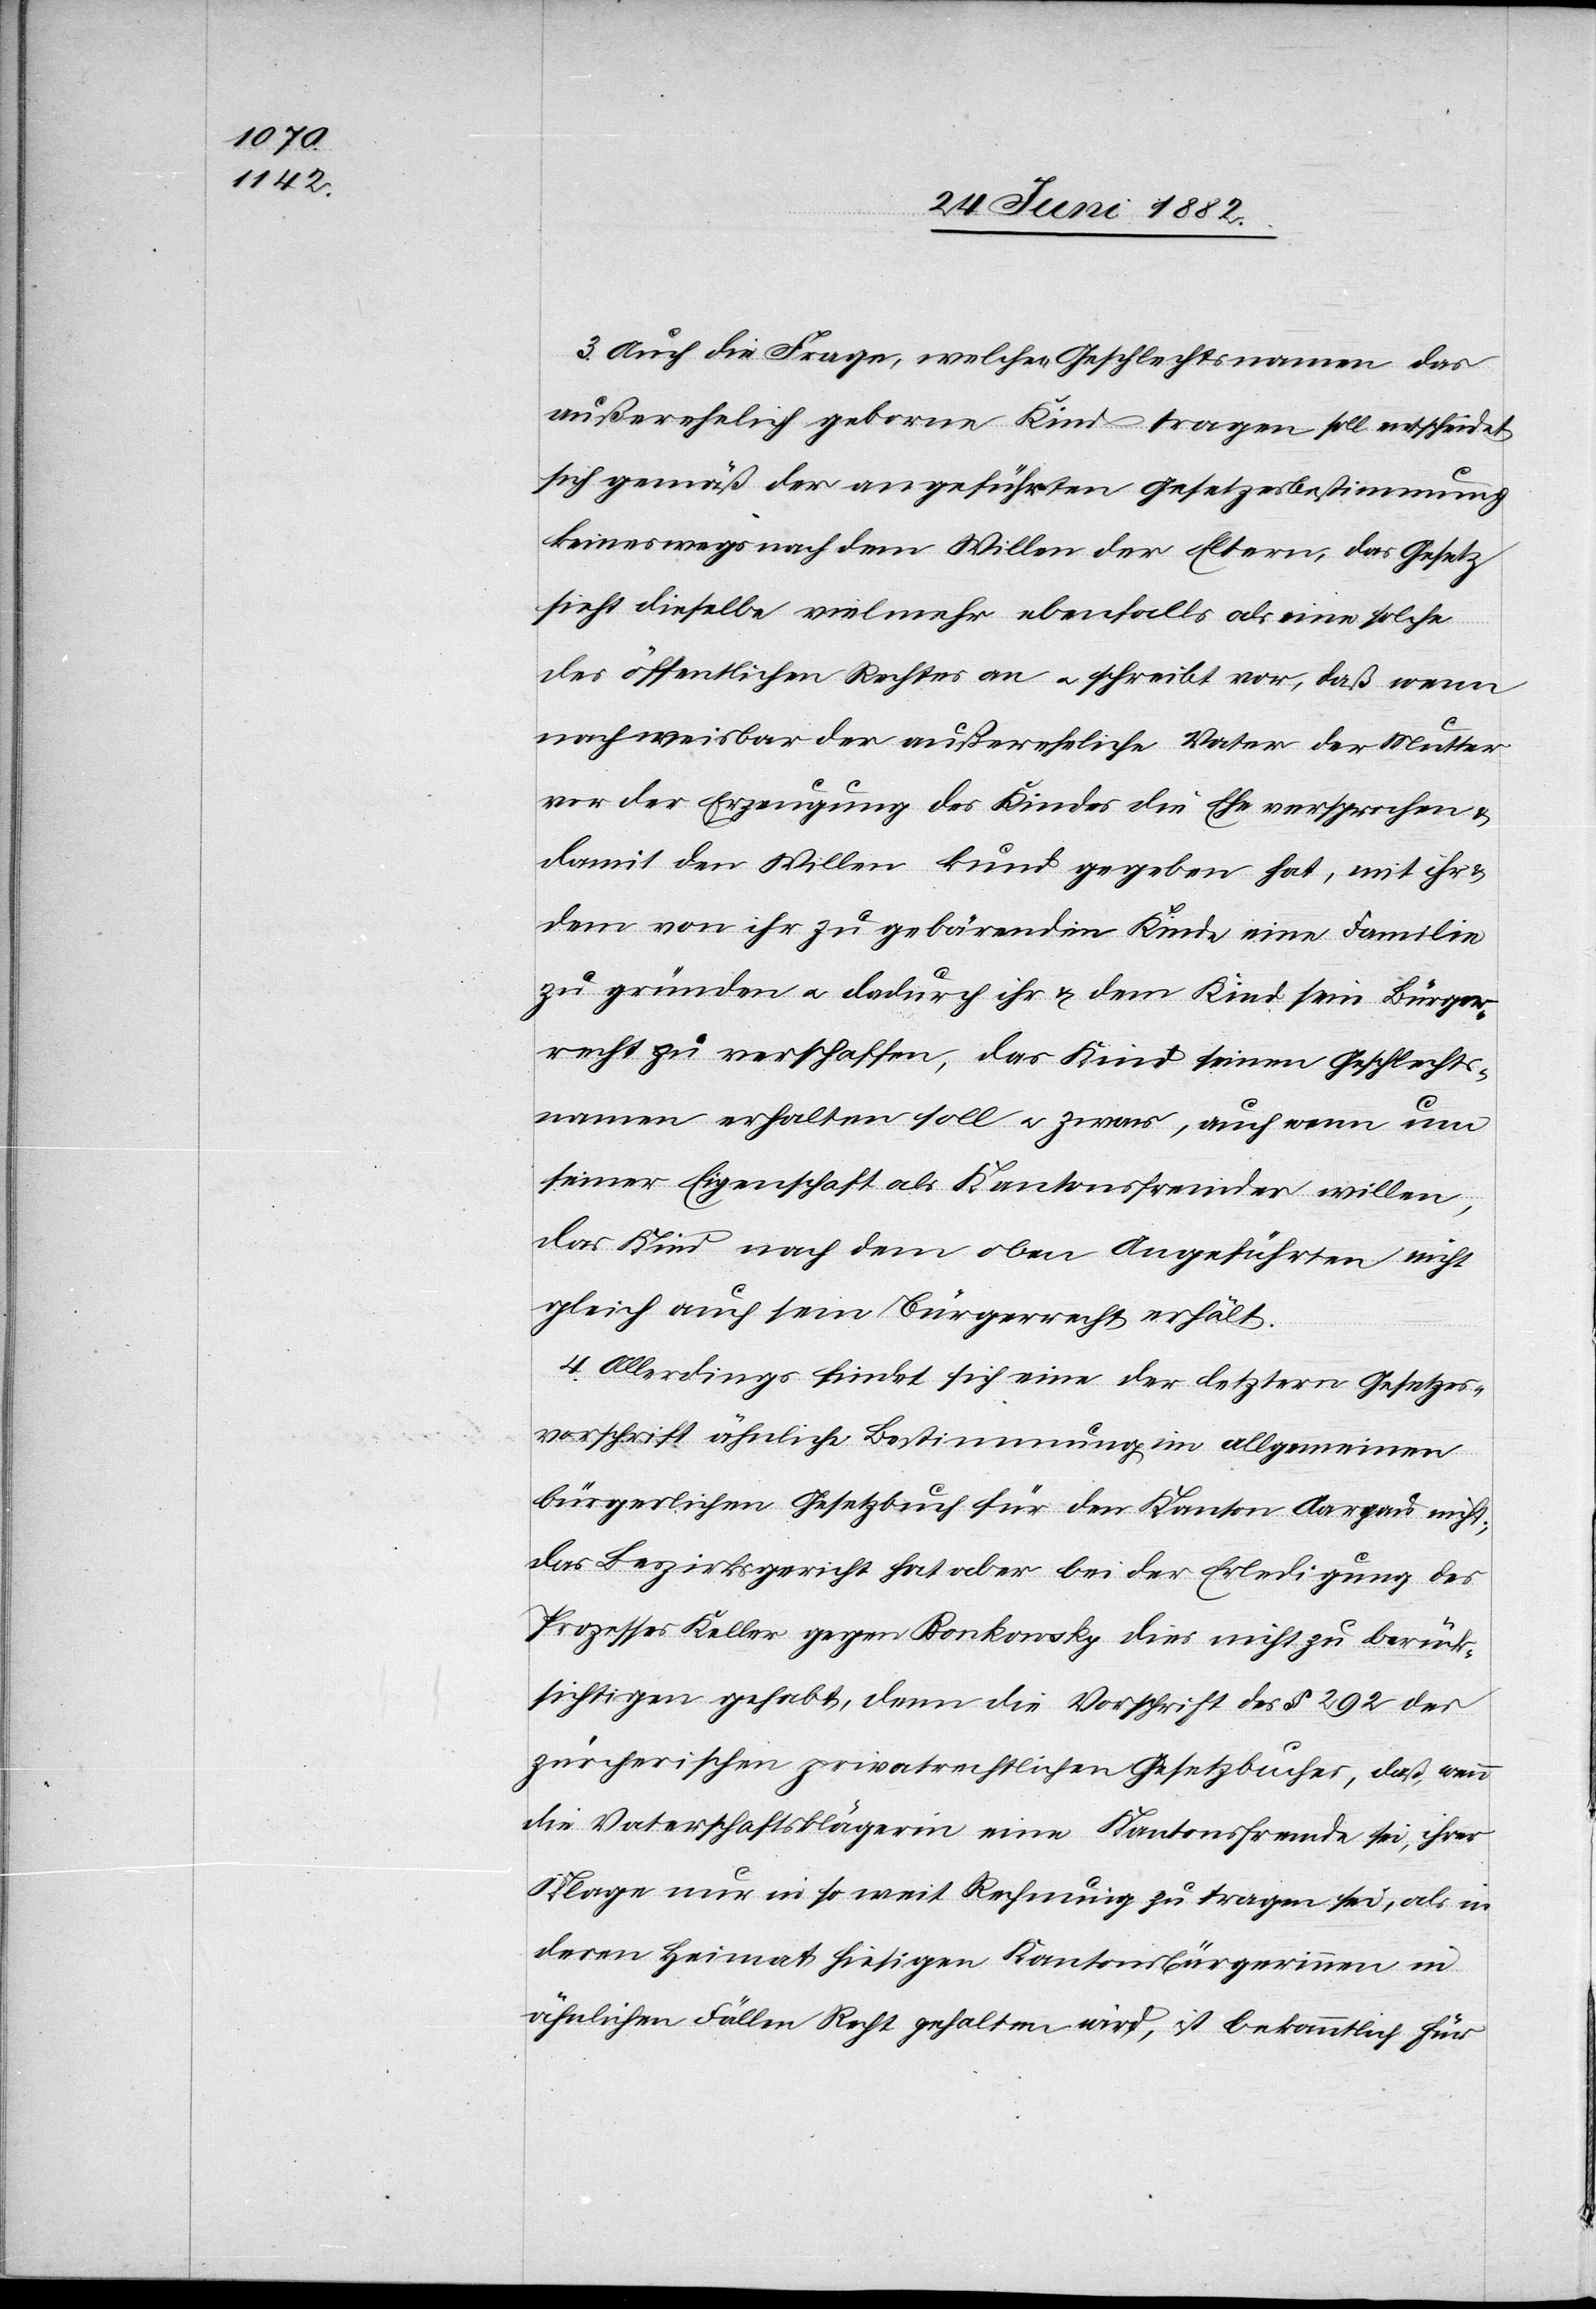
t;

3. Auch die Frage, welchen Geschlechtsnamen das
außerehelich geborne Kind tragen soll entscheidet
sich gemäß der angeführten Gesetzesbestimmung
keineswegs nach dem Willen der Eltern, das Gesetz
sieht dieselbe vielmehr ebenfalls als eine solche
des öffentlichen Rechtes an u. schreibt vor, daß wenn
nachweisbar der außereheliche Vater der Mutter
von der Erzeugung des Kindes die Ehe versprochen &
damit den Willen kund gegeben hat, mit ihr
dem von ihr zu gebärenden Kinde eine Familie
zu gründen u. dadurch ihr & dem Kind sein Bürger¬
recht zu verschaffen, das Kind seinen Geschlechts¬
namen erhalten soll u. zwar, auch wenn um
seiner Eigenschaft als Kantonsfremder willen,
das Kind nach dem oben Angeführten nicht
gleich auch sein Bürgerrecht erhält.
4. Allerdings findet sich eine der letztern Gesetzes¬
vorschrift ähnliche Bestimmung im allgemeinen
bürgerlichen Gesetzbuch für den Kanton Aarau nich¬
das Bezirksgericht hat aber bei der Erledigung des
Prozesses Keller gegen Bonkowsky dies nicht zu berück¬
sichtigen gehabt, denn die Vorschrift des § 292 des
zürcherischen privatrechtlichen Gesetzbuches, daß, wenn
die Vaterschaftsklägerin eine Kantonsfremde sei, ihrer
Klage nur so weit Rechnung zu tragen sei, als in
deren Heimat hiesigen Kantonsbürgerinnen in
ähnlichen Fällen Recht gehalten wird, ist bekanntlich für